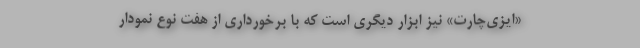
«ایزی‌چارت» نیز ابزار دیگری است که با برخورداری از هفت نوع نمودار